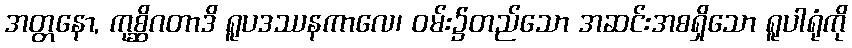
အတ္တနော, ကုစ္ဆိဂတာဒိ ရူပဒဿနကာလေ၊ ဝမ်း၌တည်သော အဆင်းအစရှိသော ရူပါရုံကို